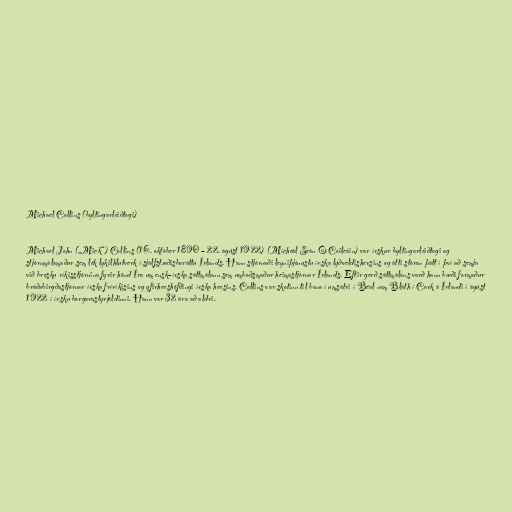
Michael Collins (byltingarleiðtogi)

Michael John („Mick“) Collins (16. október 1890 – 22. ágúst 1922) (Mícheál Seán Ó Coileáin) var írskur byltingarleiðtogi og
stjórnmálamaður sem lék lykilhlutverk í sjálfstæðisbaráttu Írlands. Hann stjórnaði leyniþjónustu írska lýðveldishersins og átti stóran þátt í því að semja
við bresku ríkisstjórnina fyrir hönd Íra um ensk-írska sáttmálann sem umboðsmaður heimastjórnar Írlands. Eftir gerð sáttmálans varð hann bæði formaður
bráðabirgðastjórnar írska fríríkisins og yfirhershöfðingi írska hersins. Collins var skotinn til bana í umsátri í Béal nam Bláth í Cork á Írlandi í ágúst
1922 í írsku borgarastyrjöldinni. Hann var 32 ára að aldri.